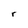
Character: r